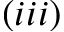
( i i i )